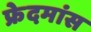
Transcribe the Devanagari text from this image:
फ्रेदमांस